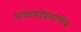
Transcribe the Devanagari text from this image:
अवस्थांप्रमाणेच